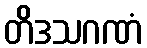
တိဒသဂဏံ